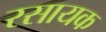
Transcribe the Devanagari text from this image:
रसायक